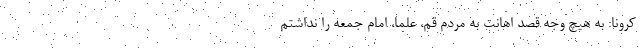
کرونا: به هیچ وجه قصد اهانت به مردم قم، علما، امام جمعه را نداشتم